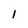
Character: 1